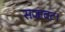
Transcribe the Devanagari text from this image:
सजावट।